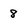
Character: 8